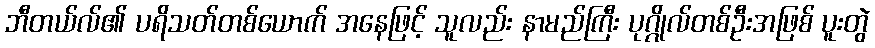
ဘီတယ်လ်၏ ပရိသတ်တစ်ယောက် အနေဖြင့် သူလည်း နာမည်ကြီး ပုဂ္ဂိုလ်တစ်ဦးအဖြစ် ပူးတွဲ